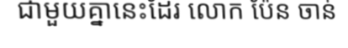
ជាមួយគ្នានេះដែរ លោក ប៉ែន ចាន់